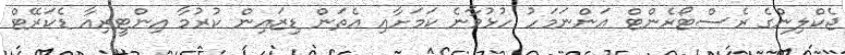
ޖެކްލިންގެ ރެސްޓޯރެންޓް އަންނަމަހު ހުޅުވާނެ ކަމަށާއި އެތަން ޑިޒައިން ކުރުމާ އިންޓީރިއާ ޑެކަރޭޓް